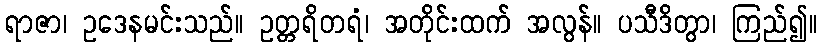
ရာဇာ၊ ဥဒေနမင်းသည်။ ဥတ္တရိတရံ၊ အတိုင်းထက် အလွန်။ ပသီဒိတွာ၊ ကြည်၍။